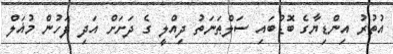
އުތުރު އިންޑިޔާގެ ބޮޑުބައި ސަލްޠަނަތު ދިއްލީ ގެ ދަށަށް އަދި ފަހުން މުޣަލް